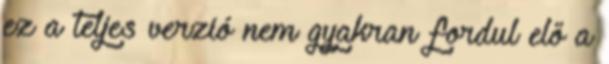
ez a teljes verzió nem gyakran fordul elő a